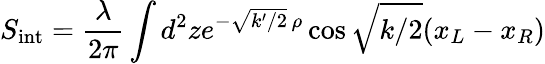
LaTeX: S_{\mathrm{int}}=\frac{\lambda}{2\pi}\int d^{2}ze^{-\sqrt{k^{\prime}/2}\, \rho}\cos\sqrt{k/2}(x_{L}-x_{R})